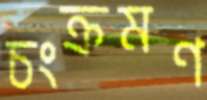
চংক্রমণ